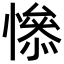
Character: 𢡖